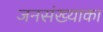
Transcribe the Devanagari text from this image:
जनसंख्याका